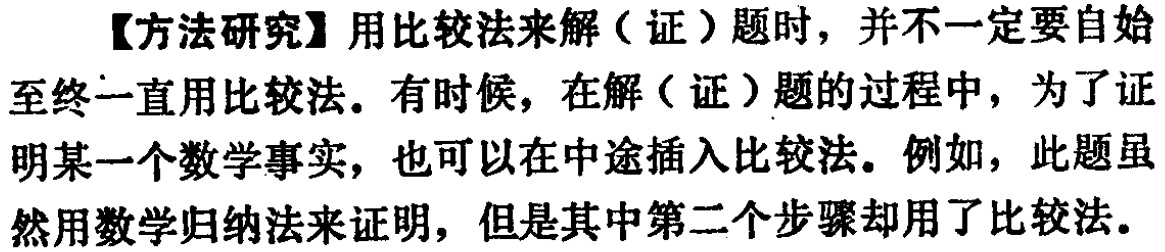
【方法研究】用比较法来解（证）题时，并不一定要自始至终一直用比较法。有时候，在解（证）题的过程中，为了证明某一个数学事实，也可以在中途插入比较法。例如，此题虽然用数学归纳法来证明，但是其中第二个步骤却用了比较法。